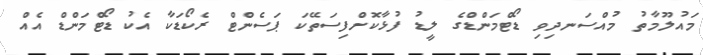
މައުލޫމާތު މުއްސަނދިވި ޑޯޓްމަންޑްގެ ލީޑު ފުޅާކޮށްފިސަތޭކަ ޕަސެންޓް ރެކޯޑަކާ އެކު ޑޯޓްމަންޑް އެއް